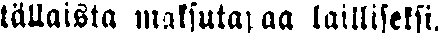
tällaista maksutapaa lailliseksi.